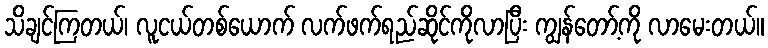
သိချင်ကြတယ်၊ လူငယ်တစ်ယောက် လက်ဖက်ရည်ဆိုင်ကိုလာပြီး ကျွန်တော့်ကို လာမေးတယ်။